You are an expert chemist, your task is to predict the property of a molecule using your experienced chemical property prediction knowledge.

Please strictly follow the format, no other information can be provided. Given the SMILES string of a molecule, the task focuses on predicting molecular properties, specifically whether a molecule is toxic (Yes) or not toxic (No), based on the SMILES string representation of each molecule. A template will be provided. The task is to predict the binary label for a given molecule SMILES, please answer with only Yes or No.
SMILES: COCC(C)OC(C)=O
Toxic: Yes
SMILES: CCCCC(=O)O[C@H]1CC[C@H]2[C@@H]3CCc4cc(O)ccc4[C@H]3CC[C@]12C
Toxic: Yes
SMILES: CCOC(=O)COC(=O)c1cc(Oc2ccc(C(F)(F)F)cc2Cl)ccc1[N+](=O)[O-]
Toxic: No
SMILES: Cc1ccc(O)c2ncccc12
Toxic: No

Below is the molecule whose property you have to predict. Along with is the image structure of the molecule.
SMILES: C=C(C)C1CC=C(C)CC1
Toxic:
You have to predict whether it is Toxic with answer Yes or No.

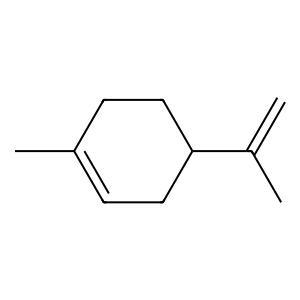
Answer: Yes